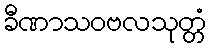
ခီဏာသဝဗလသုတ္တံ